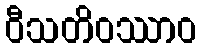
ဝီသတိဝဿာဝ